Indian journal of veterinary science and animal husbandry - Volume 14,
Year: 1944
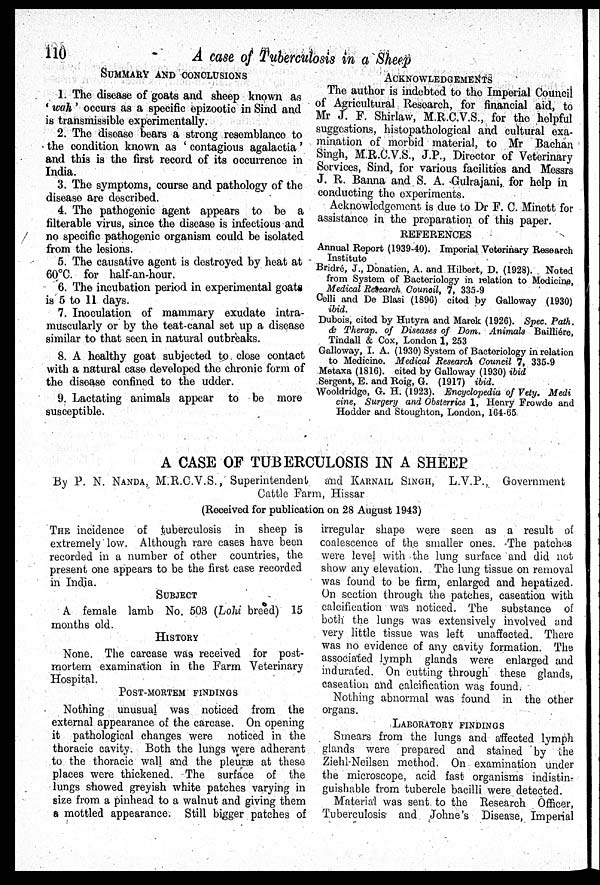
110
A case of Tuberculosis in a Sheep
SUMMARY AND CONCLUSIONS
1. The disease of goats and sheep known as
'wah' occurs as a specific epizootic in Sind and
is transmissible experimentally.
2. The disease bears a strong resemblance to
the condition known as 'contagious agalactia'
and this is the first record of its occurrence in
India.
3. The symptoms, course and pathology of the
disease are described.
4. The pathogenic agent appears to be a
filterable virus, since the disease is infectious and
no specific pathogenic organism could be isolated
from the lesions.
5. The causative agent is destroyed by heat at
60°C. for half-an-hour.
6. The incubation period in experimental goats
is 5 to 11 days.
7. Inoculation of mammary exudate intra-
muscularly or by the teat-canal set up a disease
similar to that seen in natural outbreaks.
8. A healthy goat subjected to close contact
with a natural case developed the chronic form of
the disease confined to the udder.
9. Lactating animals appear to be more
susceptible.
ACKNOWLEDGEMENTS
The author is indebted to the Imperial Council
of Agricultural Research, for financial aid, to
Mr J. F. Shirlaw, M.R.C.V.S., for the helpful
suggestions, histopathological and cultural exa-
mination of morbid material, to Mr Bachan
Singh, M.R.C.V.S., J.P., Director of Veterinary
Services, Sind, for various facilities and Messrs
J. R. Banna and S. A. -Gulrajani, for help in
conducting the experiments.
Acknowledgement is due to Dr F. C. Minett for
assistance in the preparation of this paper.
REFERENCES
Annual Report (1939-40). Imperial Veterinary Research
Institute
Bridré, J., Donation, A. and Hilbert, D. (1928). Noted
from System of Bacteriology in relation to Medicine,
Medical Research Council, 7, 335-9
Celli and De Blasi (1896) cited by Galloway (1930)
ibid.
Dubois, cited by Hutyra and Marek (1926). Spec. Path.
& Therap. of Diseases of Dom. Animals Bailliére,
Tindall & Cox, London 1, 253
Galloway, I. A. (1930) System of Bacteriology in relation
to Medicine. Medical Research Council 7, 335-9
Metaxa (1816). cited by Galloway (1930) ibid
Sergent, E. and Roig, G. (1917) ibid.
Wooldridge, G. H. (1923). Encyclopedia of Vety. Medi
cine, Surgery and Obsterrics 1, Henry Frowde and
Hodder and Stoughton, London, 164-65
A CASE OF TUBERCULOSIS IN A SHEEP
By P. N. NANDA, M.R.C.V.S., Superintendent
and KARNAIL SINGH, L.V.P., Government
Cattle Farm, Hissar
(Received for publication on 28 August 1943)
THE incidence of tuberculosis in sheep is
extremely low. Although rare cases have been
recorded in a number of other countries, the
present one appears to be the first case recorded
in India.
SUBJECT
A female lamb No. 503 (Lohi breed) 15
months old.
HISTORY
None. The carcase was received for post-
mortem examination in the Farm Veterinary
Hospital.
POST-MORTEM FINDINGS
Nothing unusual was noticed from the
external appearance of the carcase. On opening
it pathological changes were noticed in the
thoracic cavity. Both the lungs were adherent
to the thoracic wall and the pleuræ at these
places were thickened. The surface of the
lungs showed greyish white patches varying in
size from a pinhead to a walnut and giving them
a mottled appearance. Still bigger patches of
irregular shape were seen as a result of
coalescence of the smaller ones. The patches
were level with the lung surface and did not
show any elevation. The lung tissue on removal
was found to be firm, enlarged and hepatized.
On section through the patches, caseation with
calcification was noticed. The substance of
both the lungs was extensively involved and
very little tissue was left unaffected. There
was no evidence of any cavity formation. The
associated lymph glands were enlarged and
indurated. On cutting through" these glands,
caseation and calcification was found.
Nothing abnormal was found in the other
organs.
LABORATORY FINDINGS
Smears from the lungs and affected lymph
glands were prepared and stained by the
Ziehl-Neilsen method. On examination under
the microscope, acid fast organisms indistin-
guishable from tubercle bacilli were detected.
Material was sent to the Research Officer,
Tuberculosis and Johne's Disease, Imperial